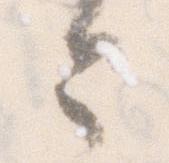
今